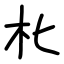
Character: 朼